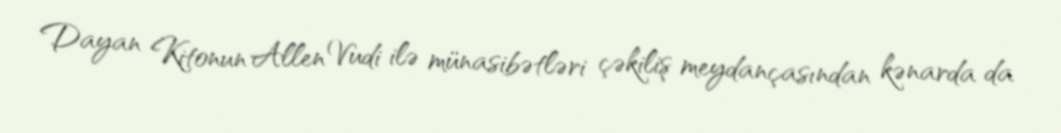
Dayan Kitonun Allen Vudi ilə münasibətləri çəkiliş meydançasından kənarda da